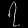
Digit: ၇